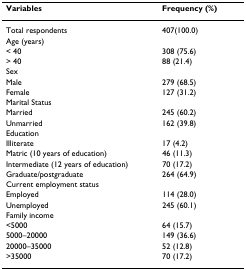
| Variables | Frequency (%) |
 | --- | --- |
 | Total respondents | 407(100.0) |
 | Age (years) |  |
 | < 40 | 308 (75.6) |
 | > 40 | 88 (21.4) |
 | Sex |  |
 | Male | 279 (68.5) |
 | Female | 127 (31.2) |
 | Marital Status |  |
 | Married | 245 (60.2) |
 | Unmarried | 162 (39.8) |
 | Education |  |
 | Illiterate | 17 (4.2) |
 | Matric (10 years of education) | 46 (11.3) |
 | Intermediate (12 years of education) | 70 (17.2) |
 | Graduate/postgraduate | 264 (64.9) |
 | Current employment status |  |
 | Employed | 114 (28.0) |
 | Unemployed | 245 (60.1) |
 | Family income |  |
 | <5000 | 64 (15.7) |
 | 5000–20000 | 149 (36.6) |
 | 20000–35000 | 52 (12.8) |
 | >35000 | 70 (17.2) |